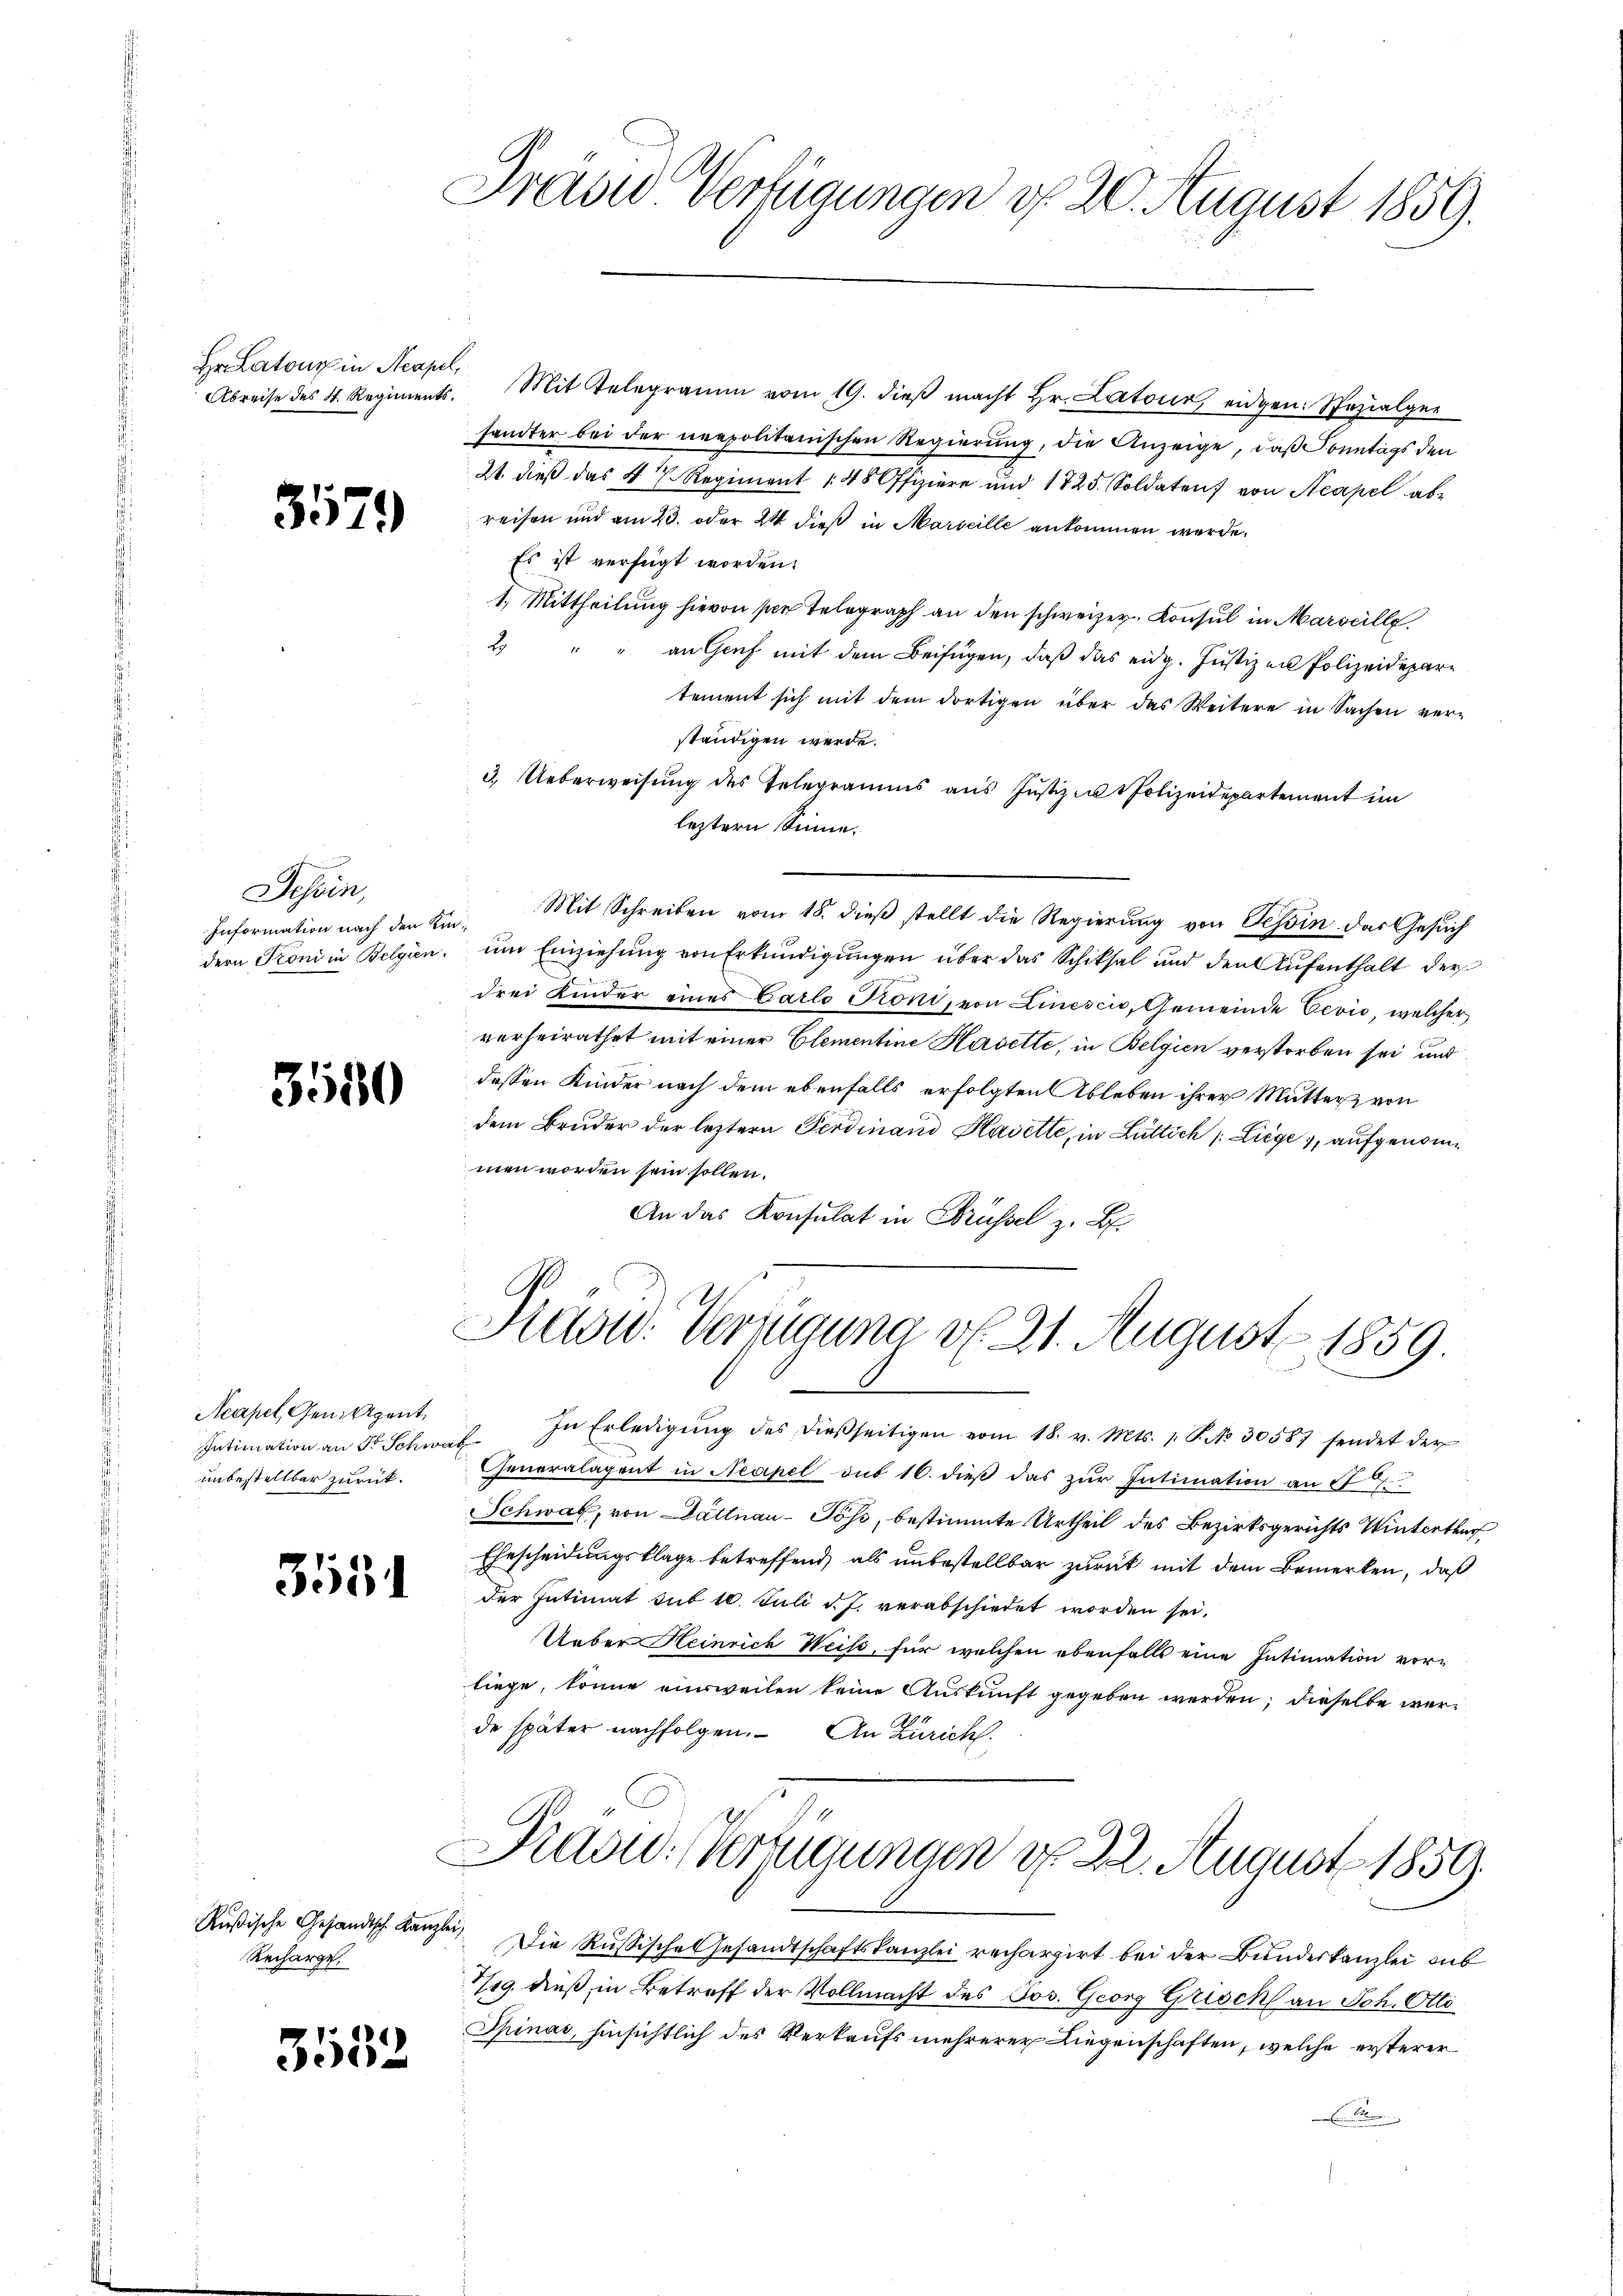
Hr. Latour in Neapel,

3579

Sehen,
Information nach den Kin¬

3580

Acapel, Gen. Agent,
unbestellbar zurück.

353

Rußische Gesandtsch. Kanzler
Recharge

3532

Frase Verfügungen d. 20. August 1859.

Abreise des 4. Regiments. Mit Telegramm vom 19. dieβ macht Hr. Latour, eidgen. Spezialger
handter bei der neapolitanischen Regierung, die Anzeige, daß Sonntags den
21. dieß das 4 V. Regiment 148 Offiziere und 1725. Soldaten von Neapel abreisen und am 23. oder 24 dieß in Marseille ankommen werde.
Es ist verfügt worden.
1. Mittheilung hievon sie Telegraph an den schweizer. Consul in Marseille.
2
an Genf mit dem Beifügen, daß das eidg. Justizen Polizeidepartement sich mit dem dortigen über das Weitere in Sachen ver-
ständigen werde.
3. Ueberweisung des Telegramms aus Justiz zu Polizeidepartement im
leztern Sinne.
Mit Schreiben vom 18. dieß stellt die Regierung von Tessin das Gesuch
dern Troni in Belgien, um Einziehung von Erkundigungen über das Schiksal und den Aufenthalt der
drei Kinder eines Carlo Pöni, von Linesci, Gemeinde Oević, welcher
verheirathet mit einer Elementine Hasette, in Belgien verstorben sei und
dessen Kinder nach dem ebenfalls erfolgten Ableben ihrer Mutter von
dem Bruder der leztere Ferdinand Kavette, in Lüttich /: Liege, aufgenommen worden sein sollen.
An das Konsulat in Brüssel z. B.

Hadw. Verfügung v. 21. August 1859.

Intimation an 5 Schweiz. In Erledigŭng des dießseitigen vom 18. v. Mts. 1. P. No. 30587 sendet der
eneralagent in Neapel aus 16. dieβ das zŭr Intimation an d
Schwab, von Dättnau-Töss, bestimmte Urtheil des Bezirksgerichts Winterthur
Ehescheidungsklage betreffend, als unbestellbar zurück mit dem Bemerken, daß
der Intimat sub 10. Juli d. J. verabschiedet worden sei.
Ueber Heinrich Weise, für welchen ebenfalls eine Intimation vorliege, könne einsweilen keine Auskunft gegeben werden; dieselbe werde später nachfolgen. An Zürich

Präsid. Verzugungen d. 22. August 1859.

Die Russische Gesandtschaftskanzlei rechargirt bei der Bundeskanzlei sub
719. dieß in Betreff der Vollmacht des Jos. Georg Grisch an Joh. Otti¬
Spinas, hinsichtlich des Verkaufs mehrerer Liegenschaften, welche ersterer